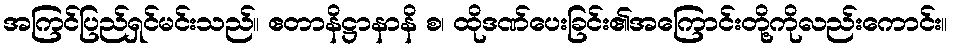
အကြင်ပြည်ရှင်မင်းသည်။ ဧတာနိဋ္ဌာနာနိ စ၊ ထိုဒဏ်ပေးခြင်း၏အကြောင်းတို့ကိုလည်းကောင်း။